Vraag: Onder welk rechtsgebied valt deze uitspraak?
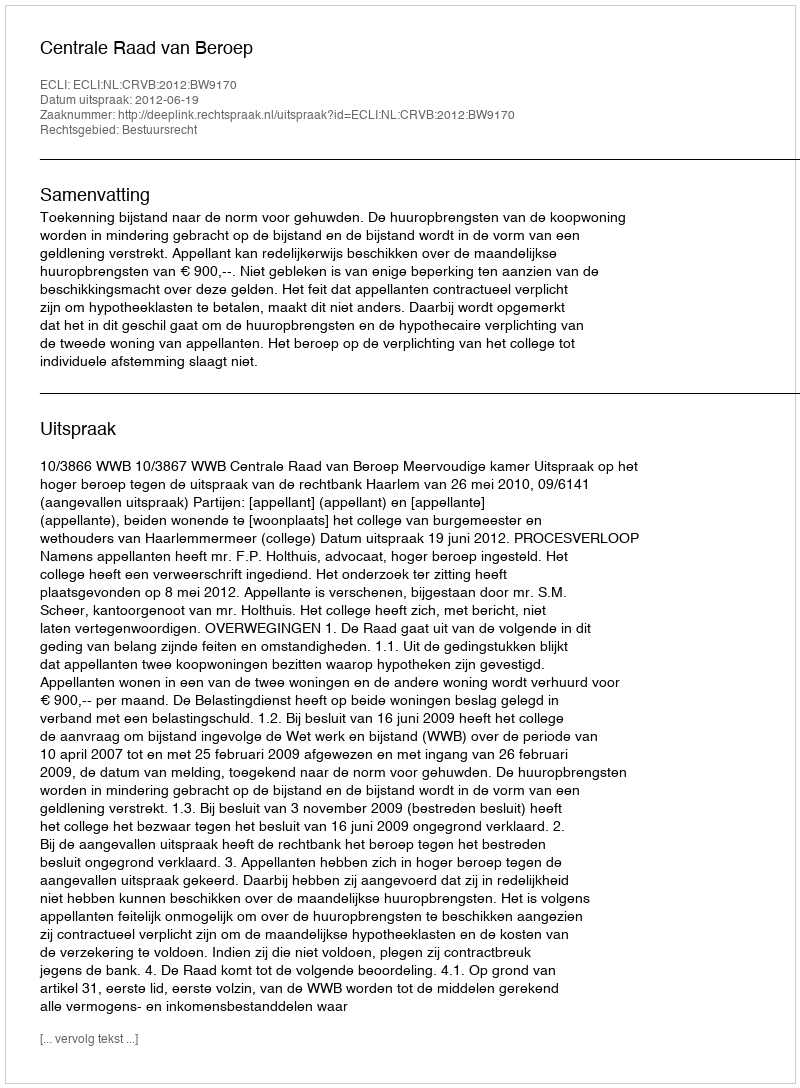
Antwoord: Bestuursrecht